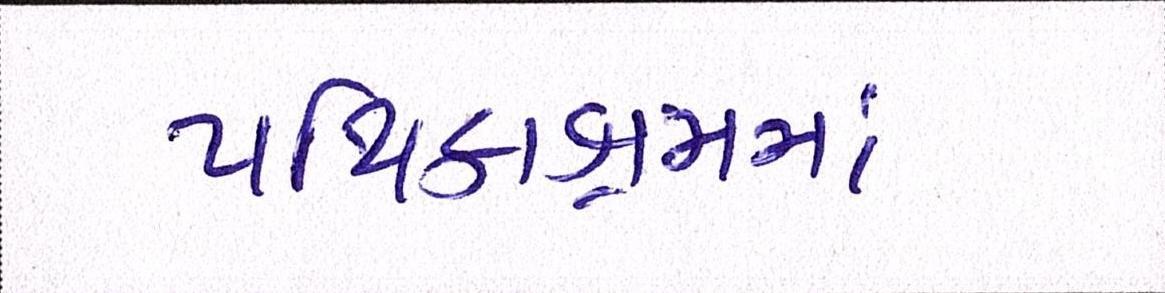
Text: પથિકાશ્રમમાં